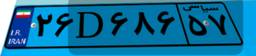
۲۶D۶۸۶۵۷